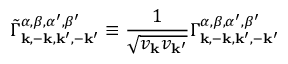
\tilde { \Gamma } _ { \mathbf { k } , - \mathbf { k } , \mathbf { k } ^ { \prime } , - \mathbf { k } ^ { \prime } } ^ { \alpha , \beta , \alpha ^ { \prime } , \beta ^ { \prime } } \equiv \frac { 1 } { \sqrt { v _ { \mathbf { k } } v _ { \mathbf { k } ^ { \prime } } } } \Gamma _ { \mathbf { k } , - \mathbf { k } , \mathbf { k } ^ { \prime } , - \mathbf { k } ^ { \prime } } ^ { \alpha , \beta , \alpha ^ { \prime } , \beta ^ { \prime } }